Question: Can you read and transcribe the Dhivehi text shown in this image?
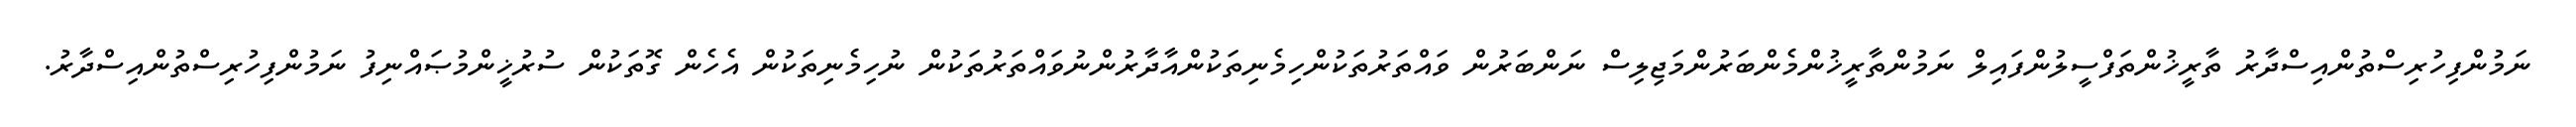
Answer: ނަމުންފިހުރިސްތުންއިސްދާރު ތާރީޚުންތަފްސީލުންފައިލް ނަމުންތާރީޚުންމެންބަރުންމަޖިލިސް ނަންބަރުން ވައްތަރުތަކުންހިމެނިތަކުންއާދާރުންނުވައްތަރުތަކުން ނުހިމެނިތަކުން އެހެން ގޮތަކުން ސުރުޚީންމުޞައްނިފު ނަމުންފިހުރިސްތުންއިސްދާރު.